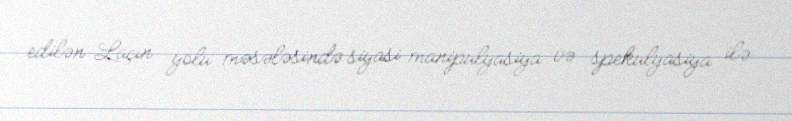
edilən Laçın yolu məsələsində siyasi manipulyasiya və spekulyasiya ilə